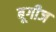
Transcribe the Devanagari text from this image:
बूगीज